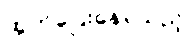
ထွက်ပြေးနေရသည့်